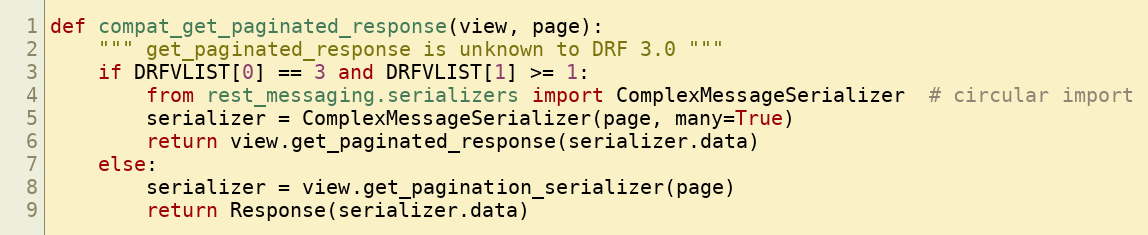
Language: Python
def compat_get_paginated_response(view, page):
    """ get_paginated_response is unknown to DRF 3.0 """
    if DRFVLIST[0] == 3 and DRFVLIST[1] >= 1:
        from rest_messaging.serializers import ComplexMessageSerializer  # circular import
        serializer = ComplexMessageSerializer(page, many=True)
        return view.get_paginated_response(serializer.data)
    else:
        serializer = view.get_pagination_serializer(page)
        return Response(serializer.data)